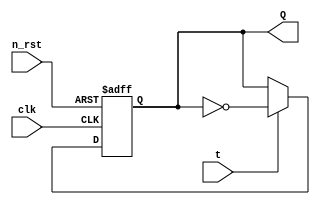
module t_ff(
    input t,
    input clk, n_rst,
    output reg Q
);

always @(posedge clk or negedge n_rst)begin
    if (!n_rst) begin
        Q <= 1'b0;
    end

    else if (t==0) begin
        Q<= Q;
    end

    else if (t==1) begin
        Q <= ~Q;
    end

end

endmodule